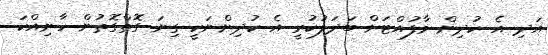
އަދި އެ ކުދިން މާފުއްޓަށް ބަދަލުކުރީ އެ ކުދިންނަކީ ގިނަ ގޮތްގޮތުން ހާނިއްކަ